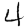
Digit: 4